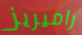
راميريز